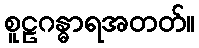
စူဠဂန္ဓာရအတတ်။